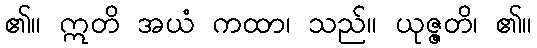
၏။ ဣတိ အယံ ကထာ၊ သည်။ ယုဇ္ဇတိ၊ ၏။